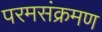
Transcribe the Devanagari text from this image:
परमसंक्रमण